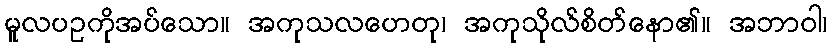
မူလပဥကိုအပ်သော။ အကုသလဟေတု၊ အကုသိုလ်စိတ်နော၏။ အဘာဝါ၊